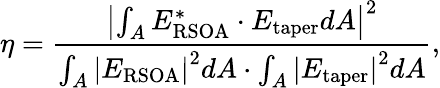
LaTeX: \eta=\frac{\left|\int_{A}E_{\mathrm{RSOA}}^{*}\cdot E_{\mathrm{taper}}dA\right|^{2}}{\int_{A}{\left|E_{\mathrm{RSOA}}\right|^{2}dA\cdot\int_{A}\left|E_{\mathrm{taper}}\right|^{2}dA}},